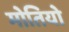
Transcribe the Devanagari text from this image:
मोतियो